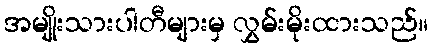
အမျိုးသားပါတီများမှ လွှမ်းမိုးထားသည်။